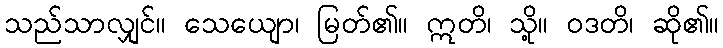
သည်သာလျှင်။ သေယျော၊ မြတ်၏။ ဣတိ၊ သို့။ ဝဒတိ၊ ဆို၏။